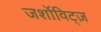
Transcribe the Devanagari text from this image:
जर्शोविट्ज़